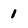
Character: 1